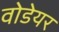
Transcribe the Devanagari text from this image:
वोडेयर